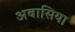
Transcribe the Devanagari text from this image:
अबासिया